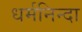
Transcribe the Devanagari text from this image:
धर्मनिन्दा